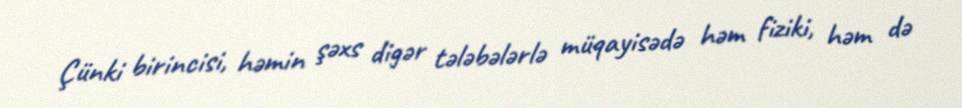
Çünki birincisi, həmin şəxs digər tələbələrlə müqayisədə həm fiziki, həm də